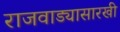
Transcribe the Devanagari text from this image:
राजवाड्यासारखी